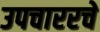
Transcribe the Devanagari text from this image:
उपचाररचे